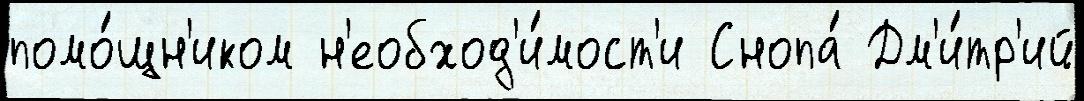
помо́щн'иком н'еобход'и́мост'и Снопа́ Дм'и́тр'ий